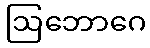
ဩဘောဂေ